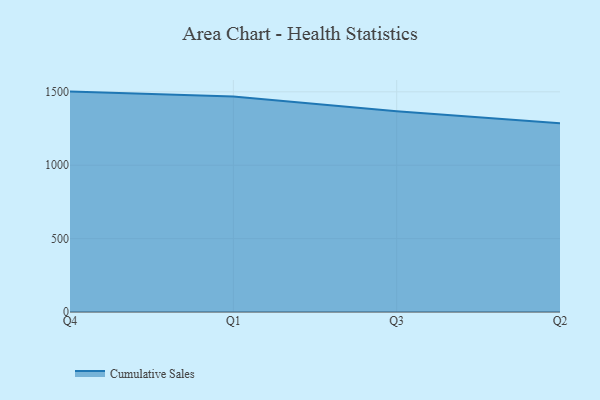
{"axis": {"x": "Quarter", "y": "Headcount"}, "legend": ["Cumulative Sales"], "data": [{"x": "Q4", "y": 1501.7, "type": "Cumulative Sales"}, {"x": "Q1", "y": 1468.3, "type": "Cumulative Sales"}, {"x": "Q3", "y": 1367.7, "type": "Cumulative Sales"}, {"x": "Q2", "y": 1286.1, "type": "Cumulative Sales"}]}